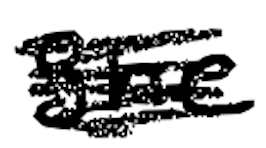
Text: She
Cross-out: scratch
Writing tool: digital_black